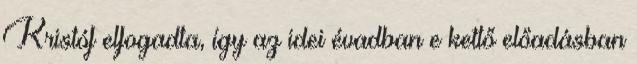
Kristóf elfogadta, így az idei évadban e kettő előadásban